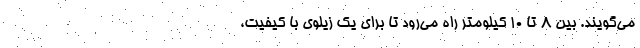
می‌گویند. بین ۸ تا ۱۰ کیلومتر راه می‌رود تا برای یک زیلوی با کیفیت،